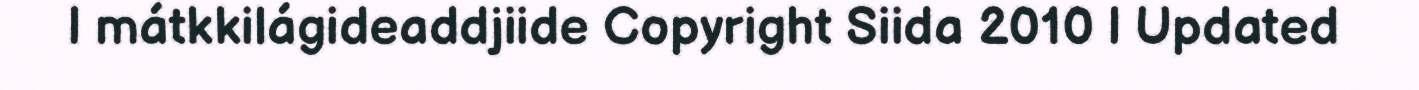
| mátkkilágideaddjiide Copyright Siida 2010 | Updated